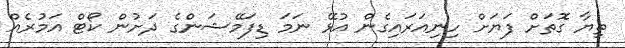
ތިޔާ ގޮތަށް ފަޔަށް ހިނިއަރައިގެން އުޅޭ ނަމަ ޑިފަމޭޝަންގެ ދަށުން ކޯޓް އަމުރެއް